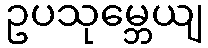
ဥပသုမ္ဘေယျ